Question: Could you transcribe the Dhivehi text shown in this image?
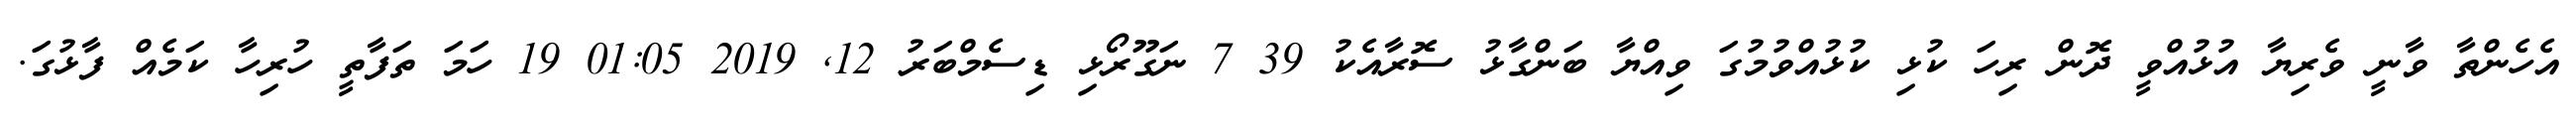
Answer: އެހެންތާ ވާނީ ވެރިޔާ އުޅުއްވީ ދޮން ރިހަ ކުޅި ކުޅުއްވުމުގަ ވިއްޔާ ބަންގާޅު ސޮރާއެކު 39 7 ނަގޫރޯޅި ޑިސެމްބަރު 12, 2019 01:05 19 ހަމަ ތަފާތީ ހުރިހާ ކަމެއް ފާޅުގަ.